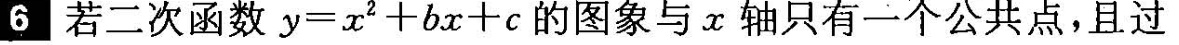
6 若二次函数$$y = x ^ { 2 } + b x + c$$的图象与x轴只有一个公共点，且过